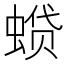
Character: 𫋌